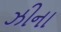
ઝીના